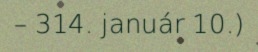
– 314. január 10.)